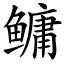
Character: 鳙